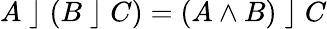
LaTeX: A\; \rfloor\; (B\; \rfloor\; C)=(A\wedge B)\; \rfloor\; C